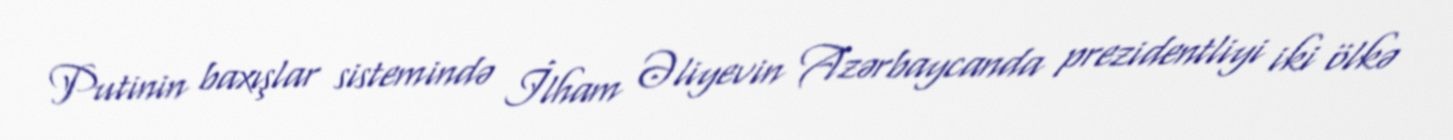
Putinin baxışlar sistemində İlham Əliyevin Azərbaycanda prezidentliyi iki ölkə